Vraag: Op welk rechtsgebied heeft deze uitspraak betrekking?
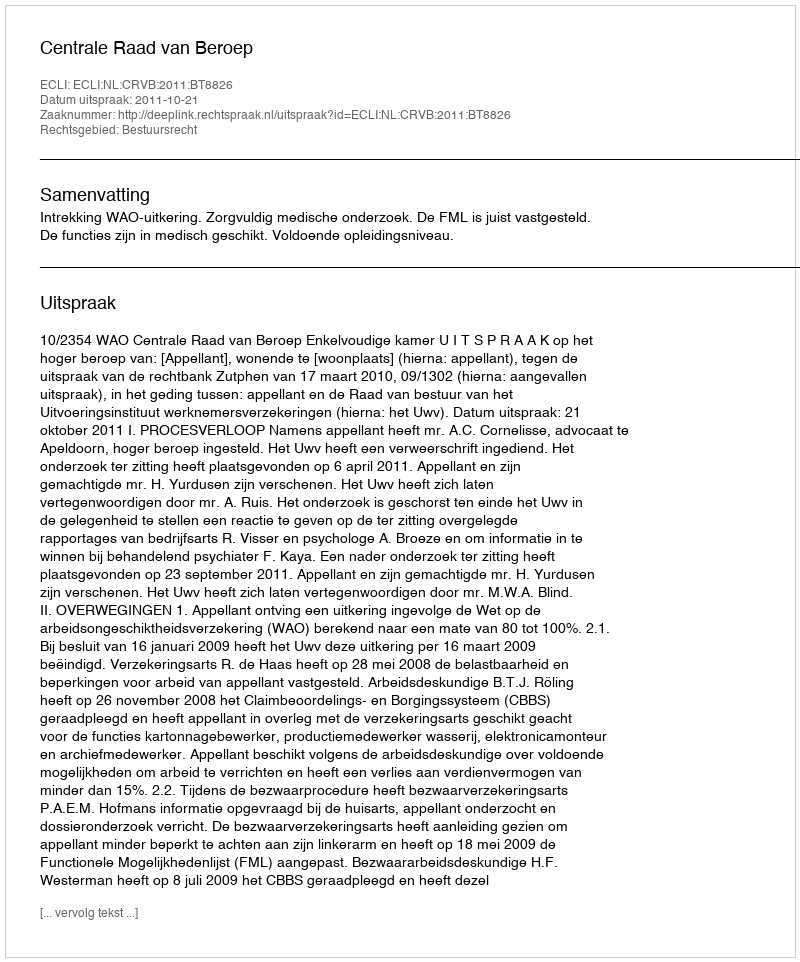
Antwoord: Bestuursrecht